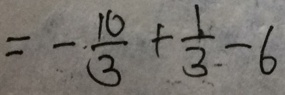
= - \frac { 1 0 } { 3 } + \frac { 1 } { 3 } - 6